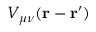
V _ { \mu \nu } ( \mathbf { r } - \mathbf { r ^ { \prime } } )